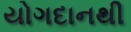
યોગદાનથી